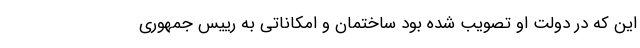
این که در دولت او تصویب شده بود ساختمان و امکاناتی به رییس جمهوری